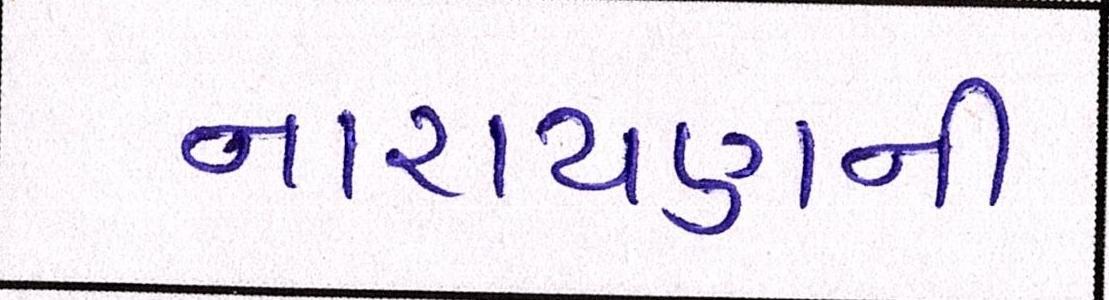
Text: નારાયણની